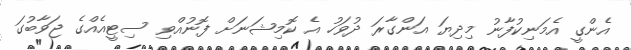
އެންގީ އެމަނިކުފާނު މިދިޔަ އަންގާރަ ދުވަހު އެ ކޮމިޝަނަށް ފޮނުއްވި ސިޓީއެއްގެ ޖަވާބުގަ